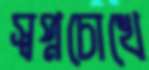
স্বপ্নচোখে